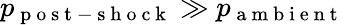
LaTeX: p_{\mathrm{~p~o~s~t~-~s~h~o~c~k~}}\gg p_{\mathrm{~a~m~b~i~e~n~t~}}